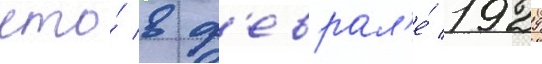
что́ в ф'еврал'е́ 1929